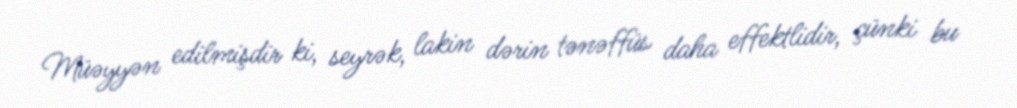
Müəyyən edilmişdir ki, seyrək, lakin dərin tənəffüs daha effektlidir, çünki bu